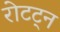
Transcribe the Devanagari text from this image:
रोटट्न